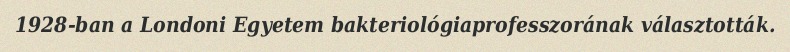
1928-ban a Londoni Egyetem bakteriológiaprofesszorának választották.